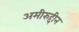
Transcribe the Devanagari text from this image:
अमीरुद्दीन